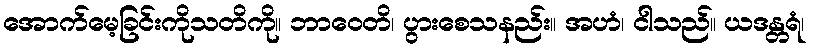
အောက်မေ့ခြင်းကိုသတိကို။ ဘာဝေတိ၊ ပွားစေသနည်း။ အဟံ၊ ငါသည်။ ယဒန္တရံ၊